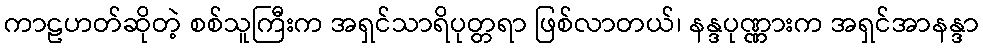
ကာဠဟတ်ဆိုတဲ့ စစ်သူကြီးက အရှင်သာရိပုတ္တရာ ဖြစ်လာတယ်၊ နန္ဒပုဏ္ဏားက အရှင်အာနန္ဒာ